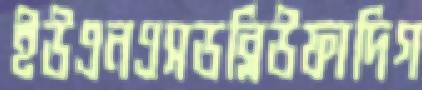
ইউএনএসডব্লিউফাদিগ